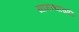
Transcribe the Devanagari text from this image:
सामन्यासाठि